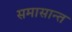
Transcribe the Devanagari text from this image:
समासान्त